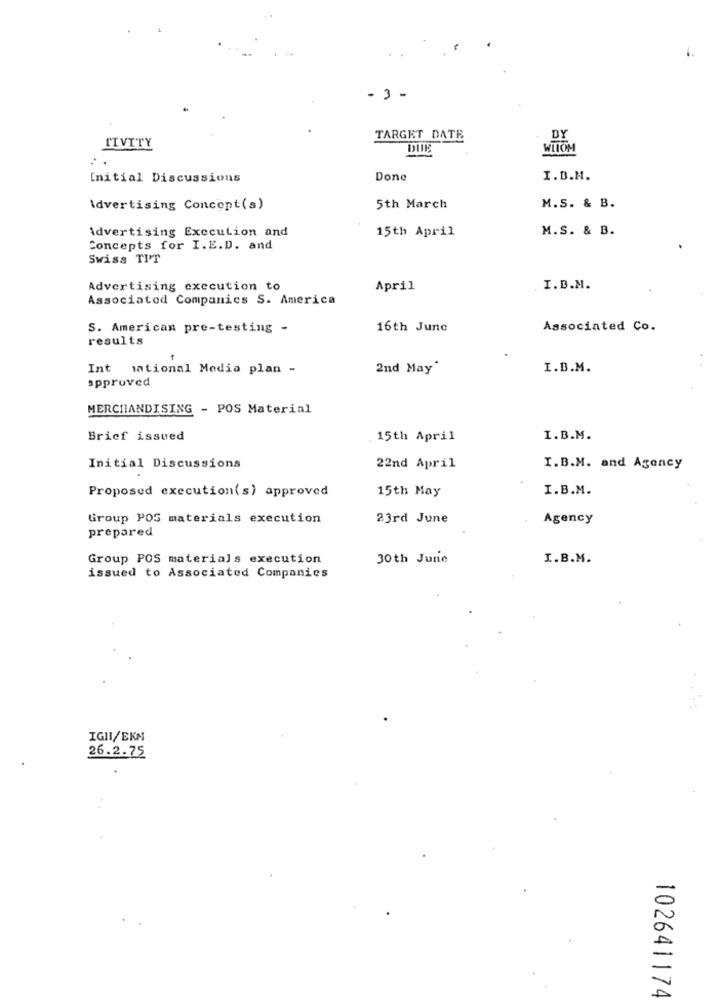
1.
-3 -
TARGET DATE
DY
TIVITY
WIIOM
..
Initial Discussions
Done
I.D.M.
Advertising Concept(s)
5th March
M.S. & B.
Advertising Execution and
15th April
M.S. & B.
Concepts for I.E.D. and
Swiss TIT
Advertising execution to
April
I.B.M.
Associated Companics S. America
S. American pre-testing -
16th June
Associated Co.
results
Int national Media plan -
2nd May'
I.B.M.
approved
MERCHANDISING - POS Material
Brief issued
15th April
I.B.M.
Initial Discussions
22nd April
I.B.M. and Agency
Proposed execution(s) approved
15th May
I.B.M.
Group POS materials execution
23rd June
Agency
prepared
Group POS materials execution
30th June
I.B.M.
issued to Associated Companies
IGII/EKM
26.2.75
102641174